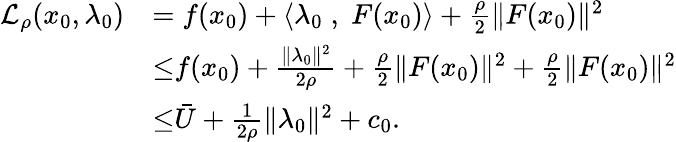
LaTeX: \begin{array}{rl}{\mathcal{L}_{\rho}(x_{0},\lambda_{0})}&{=f(x_{0})+\langle\lambda_{0}\; ,\; F(x_{0})\rangle+\frac{\rho}{2}\| F(x_{0})\| ^{2}}\\ &{{\overset{}{\leq}}f(x_{0})+\frac{\| \lambda_{0}\| ^{2}}{2\rho}+\frac{\rho}{2}\| F(x_{0})\| ^{2}+\frac{\rho}{2}\| F(x_{0})\| ^{2}}\\ &{{\overset{}{\leq}}\bar{U}+\frac{1}{2\rho}\| \lambda_{0}\| ^{2}+c_{0}.}\end{array}